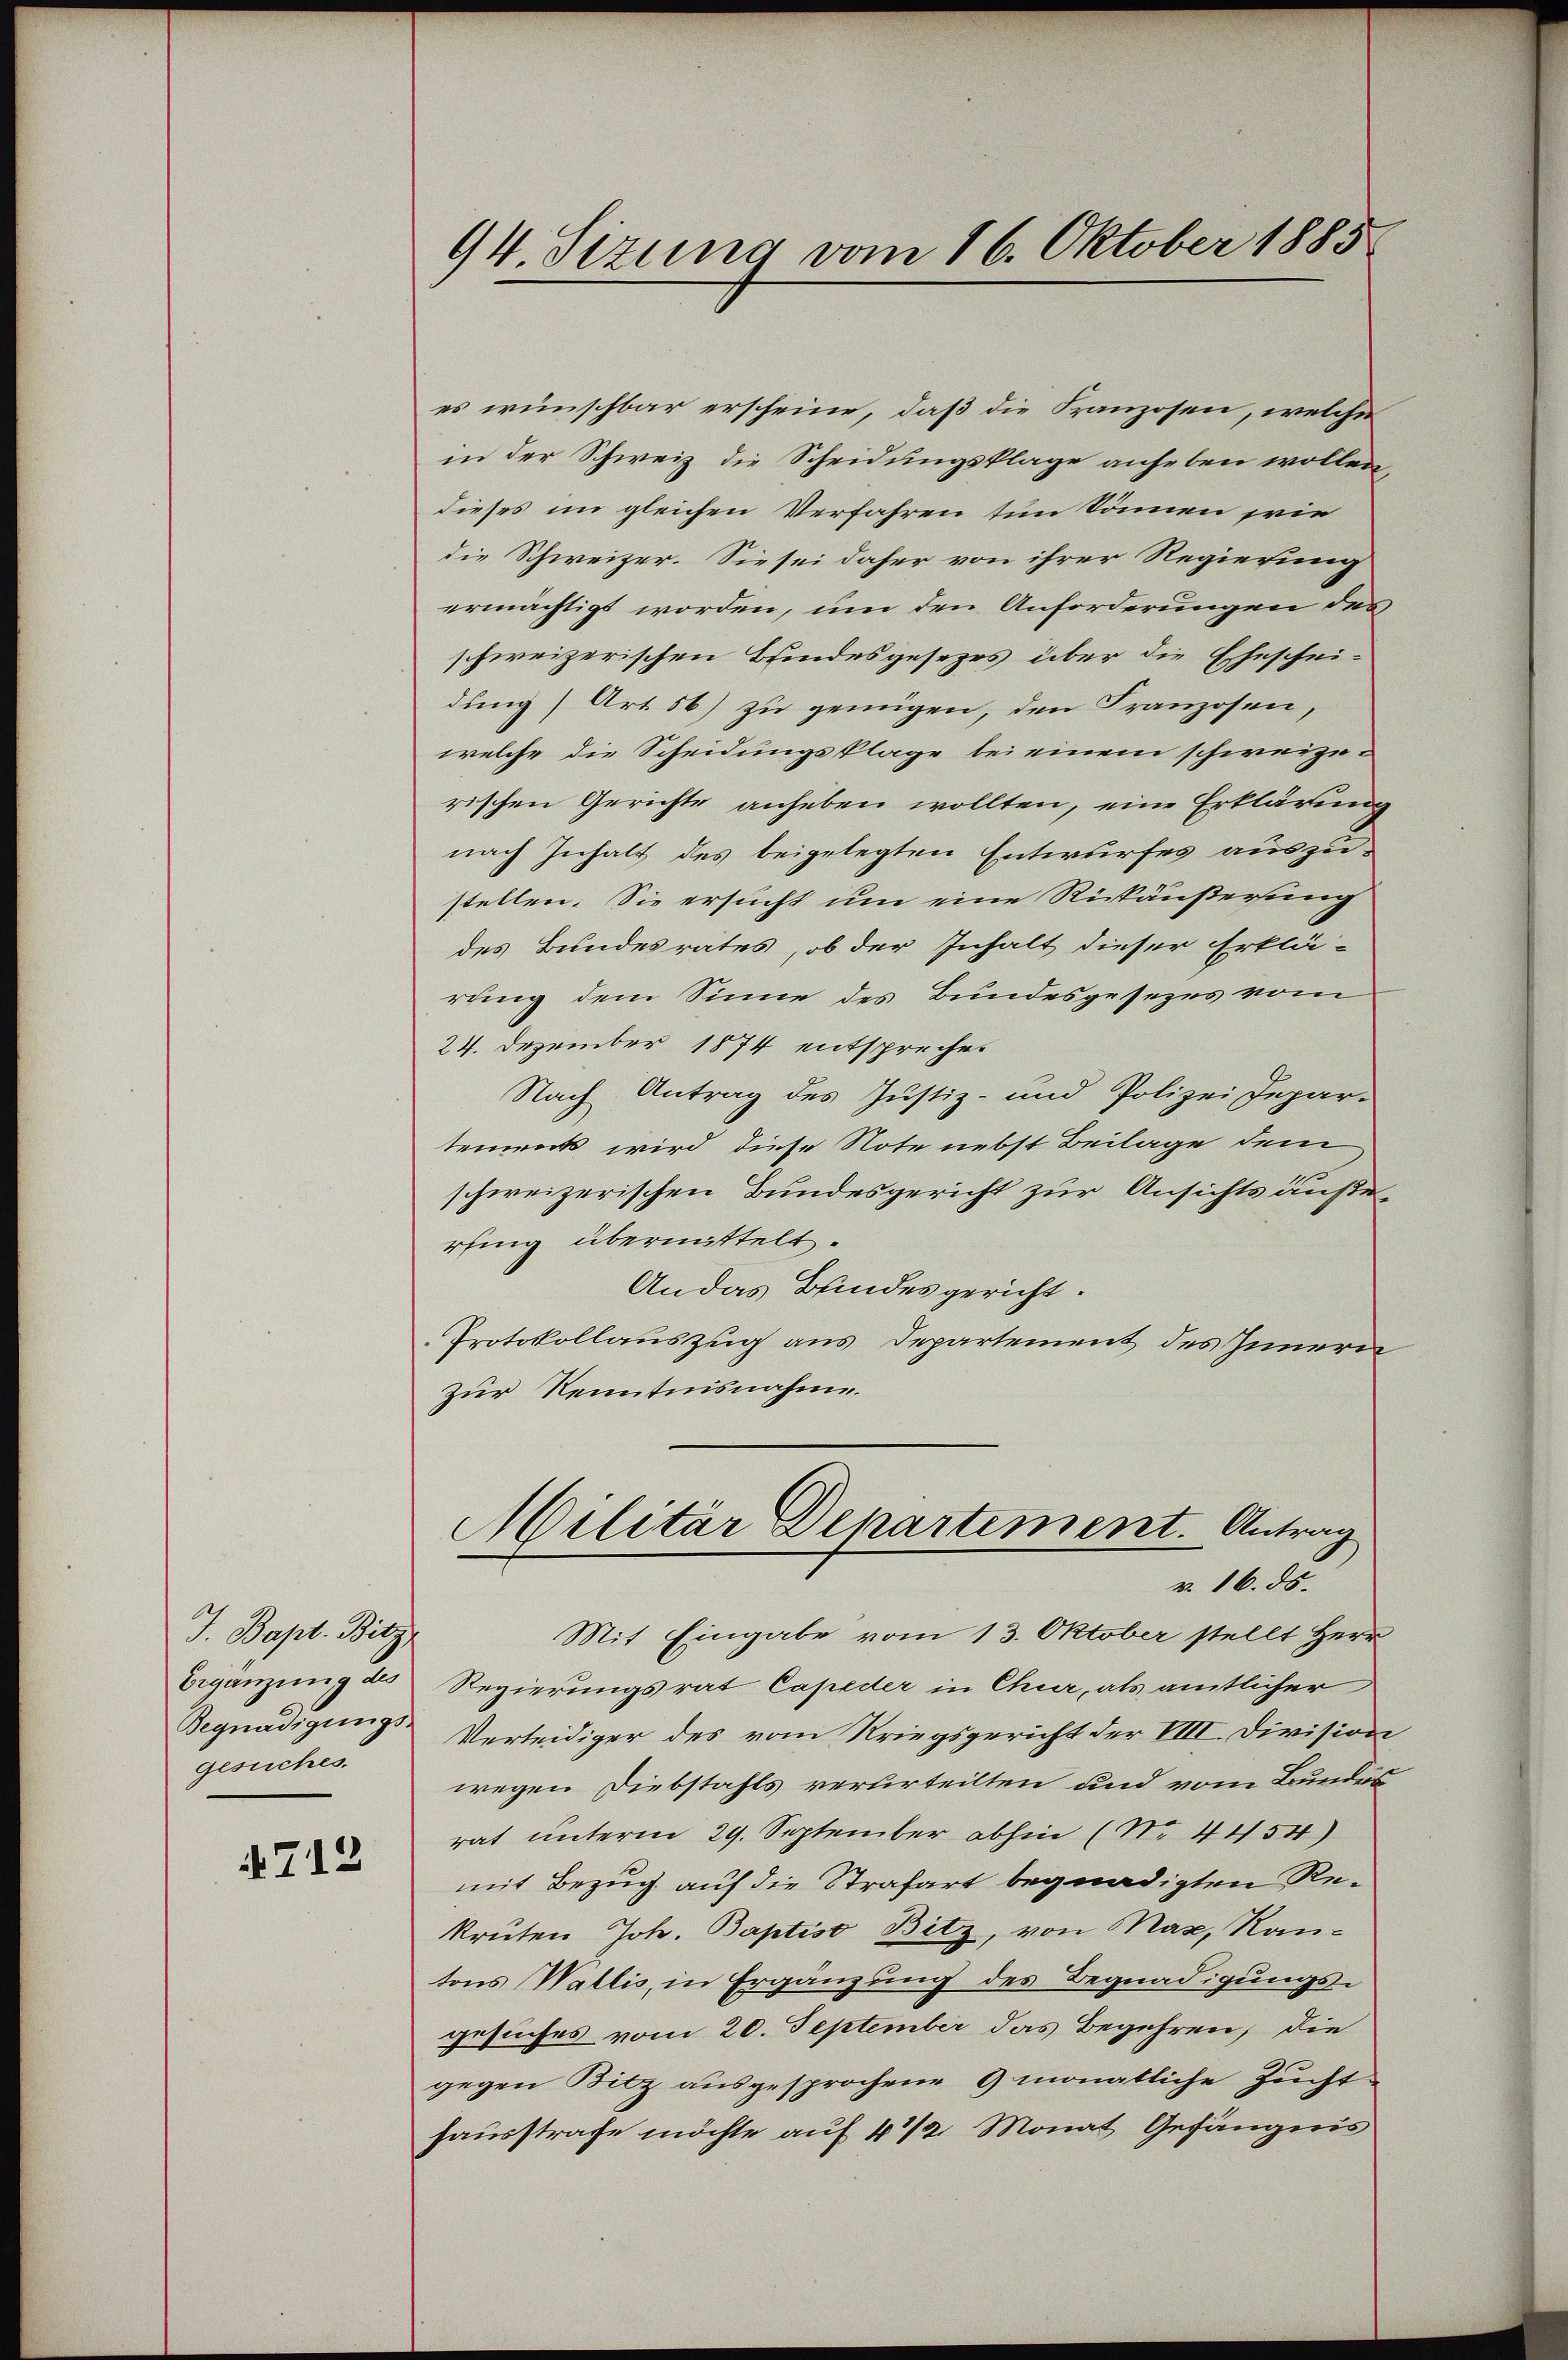
J. Bapt. Bitz
Beganzung des
Begnadigungs-
gesuches

712

94 Sizung vom 16. Oktober 1885

es wünschbar erscheine, daß die Kranzosen, welcher
in der Schweiz die Scheidungsklage anheben wollen,
dieses im gleichen Verfahren tun können wie
die Schweizer. Sie sei daher von ihrer Regierung
ermächtigt worden, um den Anforderungen des
schweizerischen Bindesgesezes über die Eheschei-
dung) Art. 56) zu genügen, den Franzosen,
welche die Scheidungsklage bei einem schweize-
rischen Gerichte anheben wollten, eine Erklärung
nach Inhalt des beigelegten Entwurfes auszustellen. Sie ersucht um eine Rickäußerung
des Bundesrates, ob der Inhalt dieser Erklä-
rung dem Sinne des Bundesgesezes vom
24. Dezember 1874 entsprechen
Nach Antrag des Justiz- und Polizei Depar-
tenorts wird diese Note nebst Beilage dem
schweizerischen Bundesgericht zur Ansichts auße
rfing übermittelt.
Andas Bundesgericht.
Protokollauszug aus Departement des Innern
Zur Kenntnisnahme.
Militär Departement. Antrag
v. 16. ds.
Mit Eingabe vom 13. Oktober stellt Herr
Regierungsrat Capeder in Chur, als amtlicher
Verleidiger des vom Kriegsgericht der VIII. Division
wegen Diebstahls verurteilten und vom Bundes
rat unterm 29. September abhin (No. 4454)
mit Bezug auf die Strafart begnadigten Rekruten Joh. Baptiso Bitz, von Max, Kantons Wallis, in Ergänzung des Begnadigungs-
gesuches vom 20. September das Begehren, die
gegen Bitz ausgesprochene 9 monatliche Zucht
hausstrafe möchte auf 4 1/2 Monat Gefängnis